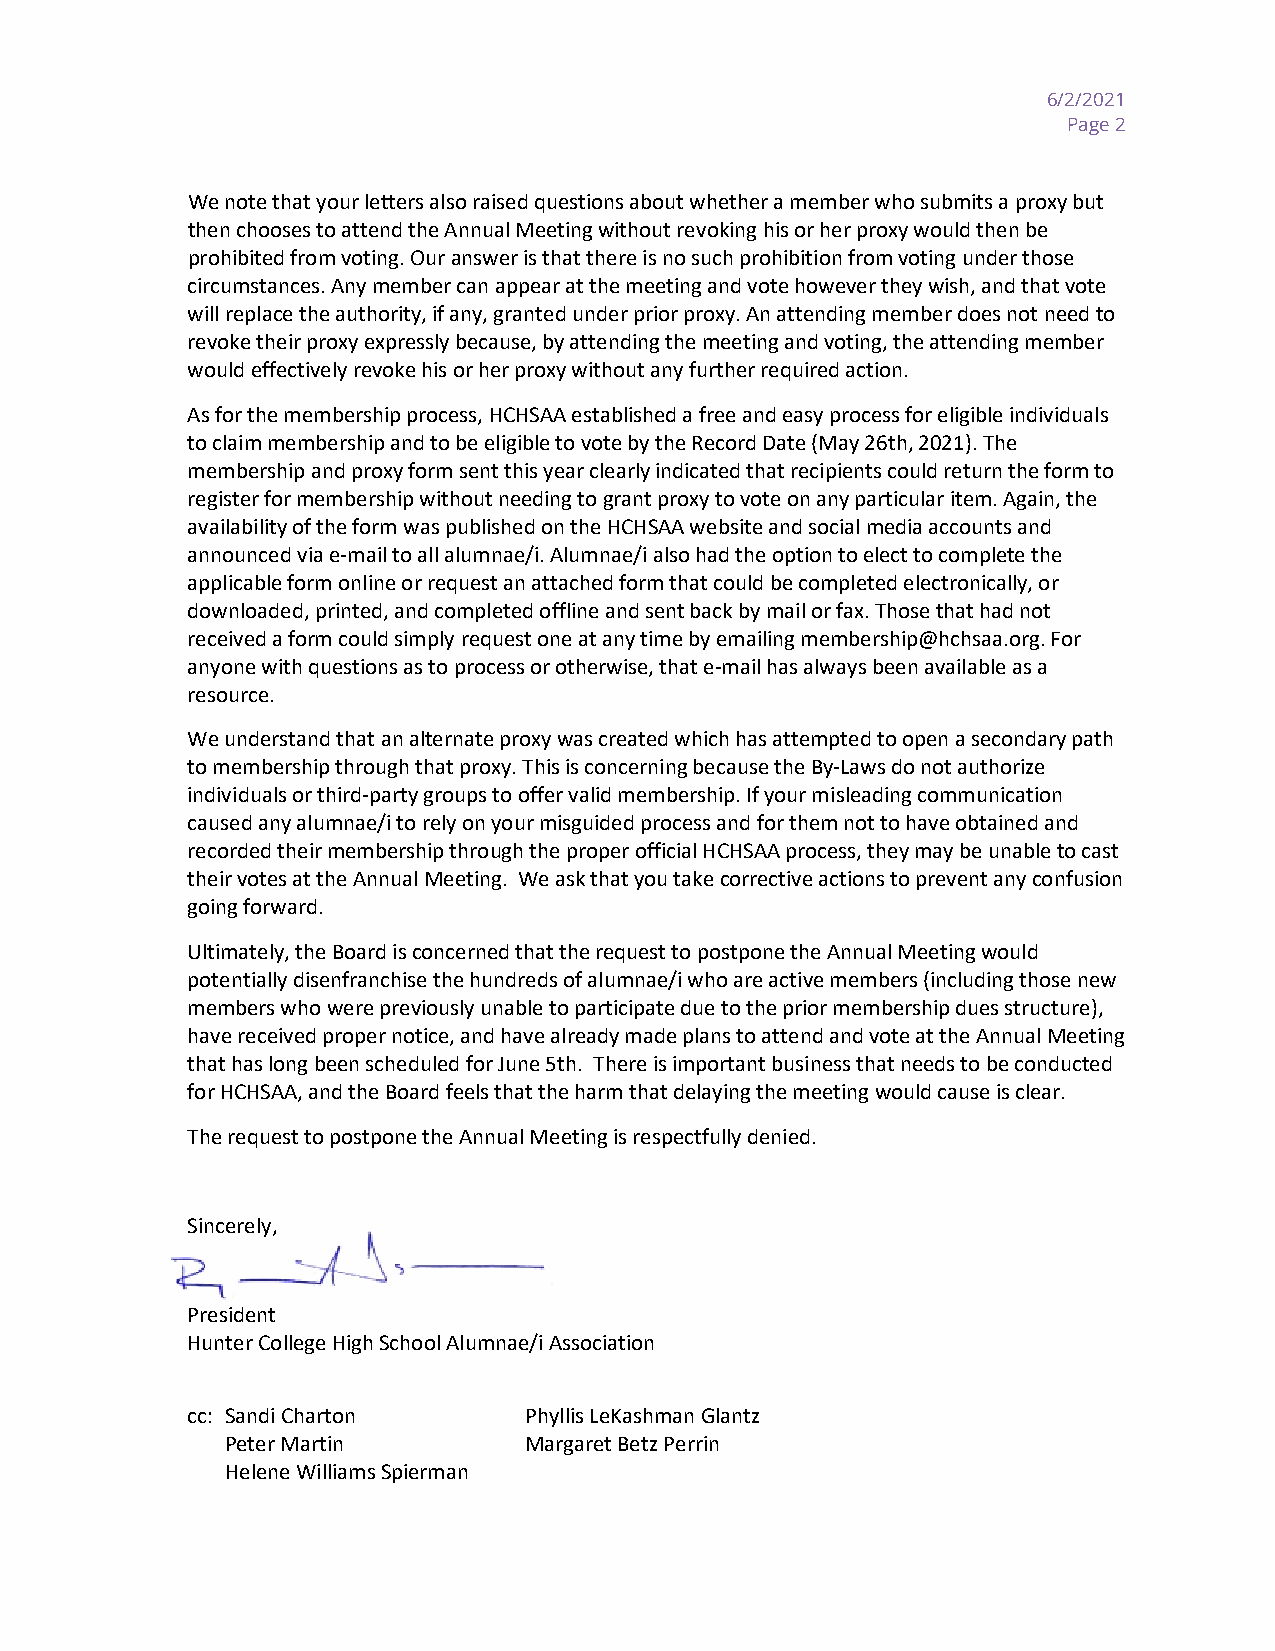
6/2/2021
 Page 2
 We note that your letters also raised questions about whether a member who submits a proxy but
 then chooses to attend the Annual Meeting without revoking his or her proxy would then be
 prohibited from voting. Our answer is that there is no such prohibition from voting under those
 circumstances. Any member can appear at the meeting and vote however they wish, and that vote
 will replace the authority, if any, granted under prior proxy. An attending member does not need to
 revoke their proxy expressly because, by attending the meeting and voting, the attending member
 would effectively revoke his or her proxy without any further required action.
 As for the membership process, HCHSAA established a free and easy process for eligible individuals
 to claim membership and to be eligible to vote by the Record Date (May 26th, 2021). The
 membership and proxy form sent this year clearly indicated that recipients could return the form to
 register for membership without needing to grant proxy to vote on any particular item. Again, the
 availability of the form was published on the HCHSAA website and social media accounts and
 announced via e-mail to all alumnae/i. Alumnae/i also had the option to elect to complete the
 applicable form online or request an attached form that could be completed electronically, or
 downloaded, printed, and completed offline and sent back by mail or fax. Those that had not
 received a form could simply request one at any time by emailing membership@hchsaa.org. For
 anyone with questions as to process or otherwise, that e-mail has always been available as a
 resource.
 We understand that an alternate proxy was created which has attempted to open a secondary path
 to membership through that proxy. This is concerning because the By-Laws do not authorize
 individuals or third-party groups to offer valid membership. If your misleading communication
 caused any alumnae/i to rely on your misguided process and for them not to have obtained and
 recorded their membership through the proper official HCHSAA process, they may be unable to cast
 their votes at the Annual Meeting. We ask that you take corrective actions to prevent any confusion
 going forward.
 Ultimately, the Board is concerned that the request to postpone the Annual Meeting would
 potentially disenfranchise the hundreds of alumnae/i who are active members (including those new
 members who were previously unable to participate due to the prior membership dues structure),
 have received proper notice, and have already made plans to attend and vote at the Annual Meeting
 that has long been scheduled for June 5th. There is important business that needs to be conducted
 for HCHSAA, and the Board feels that the harm that delaying the meeting would cause is clear.
 The request to postpone the Annual Meeting is respectfully denied.
 Sincerely,
 President
 Hunter College High School Alumnae/i Association
 cc: Sandi Charton      Phyllis LeKashman Glantz
 Peter Martin        Margaret Betz Perrin
 Helene Williams Spierman